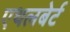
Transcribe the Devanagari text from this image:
एथलबेर्ट